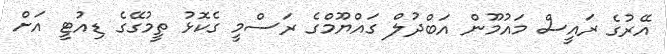
އޭރުގެ ރައީސް މައުމޫން އަބްދުލް ގައްޔޫމްގެ ރަސްމީ ގެކޮޅު ތީމުގޭގެ ޑިއުޓީ އަށް